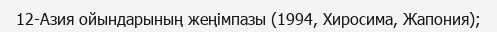
12-Азия ойындарының жеңімпазы (1994, Хиросима, Жапония);